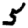
Digit: 5